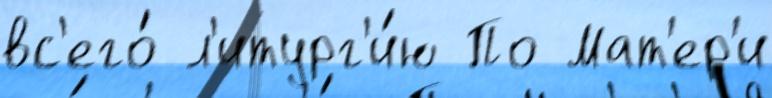
вс'его́ л'итург'и́ю По Мат'ер'и